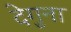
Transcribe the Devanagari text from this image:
देगुना